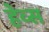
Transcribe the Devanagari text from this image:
हेव्स